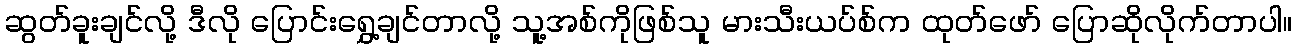
ဆွတ်ခူးချင်လို့ ဒီလို ပြောင်းရွှေ့ချင်တာလို့ သူ့အစ်ကိုဖြစ်သူ မားသီးယပ်စ်က ထုတ်ဖော် ပြောဆိုလိုက်တာပါ။